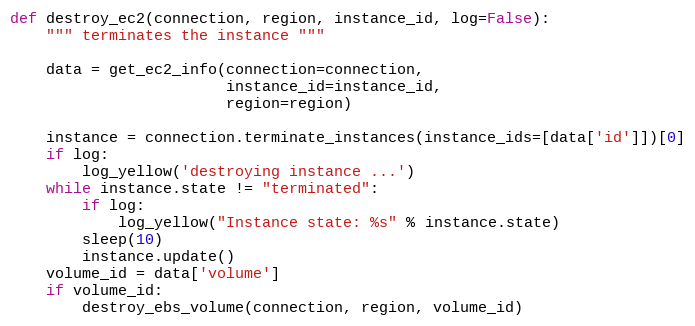
Language: Python
def destroy_ec2(connection, region, instance_id, log=False):
    """ terminates the instance """

    data = get_ec2_info(connection=connection,
                        instance_id=instance_id,
                        region=region)

    instance = connection.terminate_instances(instance_ids=[data['id']])[0]
    if log:
        log_yellow('destroying instance ...')
    while instance.state != "terminated":
        if log:
            log_yellow("Instance state: %s" % instance.state)
        sleep(10)
        instance.update()
    volume_id = data['volume']
    if volume_id:
        destroy_ebs_volume(connection, region, volume_id)